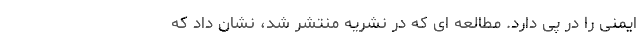
ایمنی را در پی دارد. مطالعه ای که در نشریه منتشر شد، نشان داد که